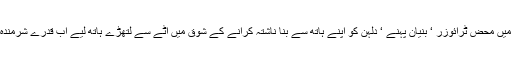
تیسرے دن کے دولہا میں محض ٹرائوزر ‘ بنیان پہنے ‘ دلہن کو اپنے ہاتھ سے بنا ناشتہ کرانے کے شوق میں آٹے سے لتھڑے ہاتھ لیے اب قدرے شرمندہ شرمندہ کھڑے تھے۔